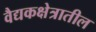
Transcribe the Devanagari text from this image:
वैद्यकक्षेत्रातील